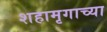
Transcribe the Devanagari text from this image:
शहामृगाच्या